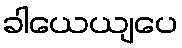
ခါယေယျပေ